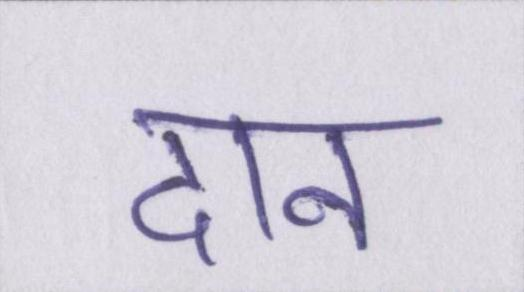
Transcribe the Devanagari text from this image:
दान